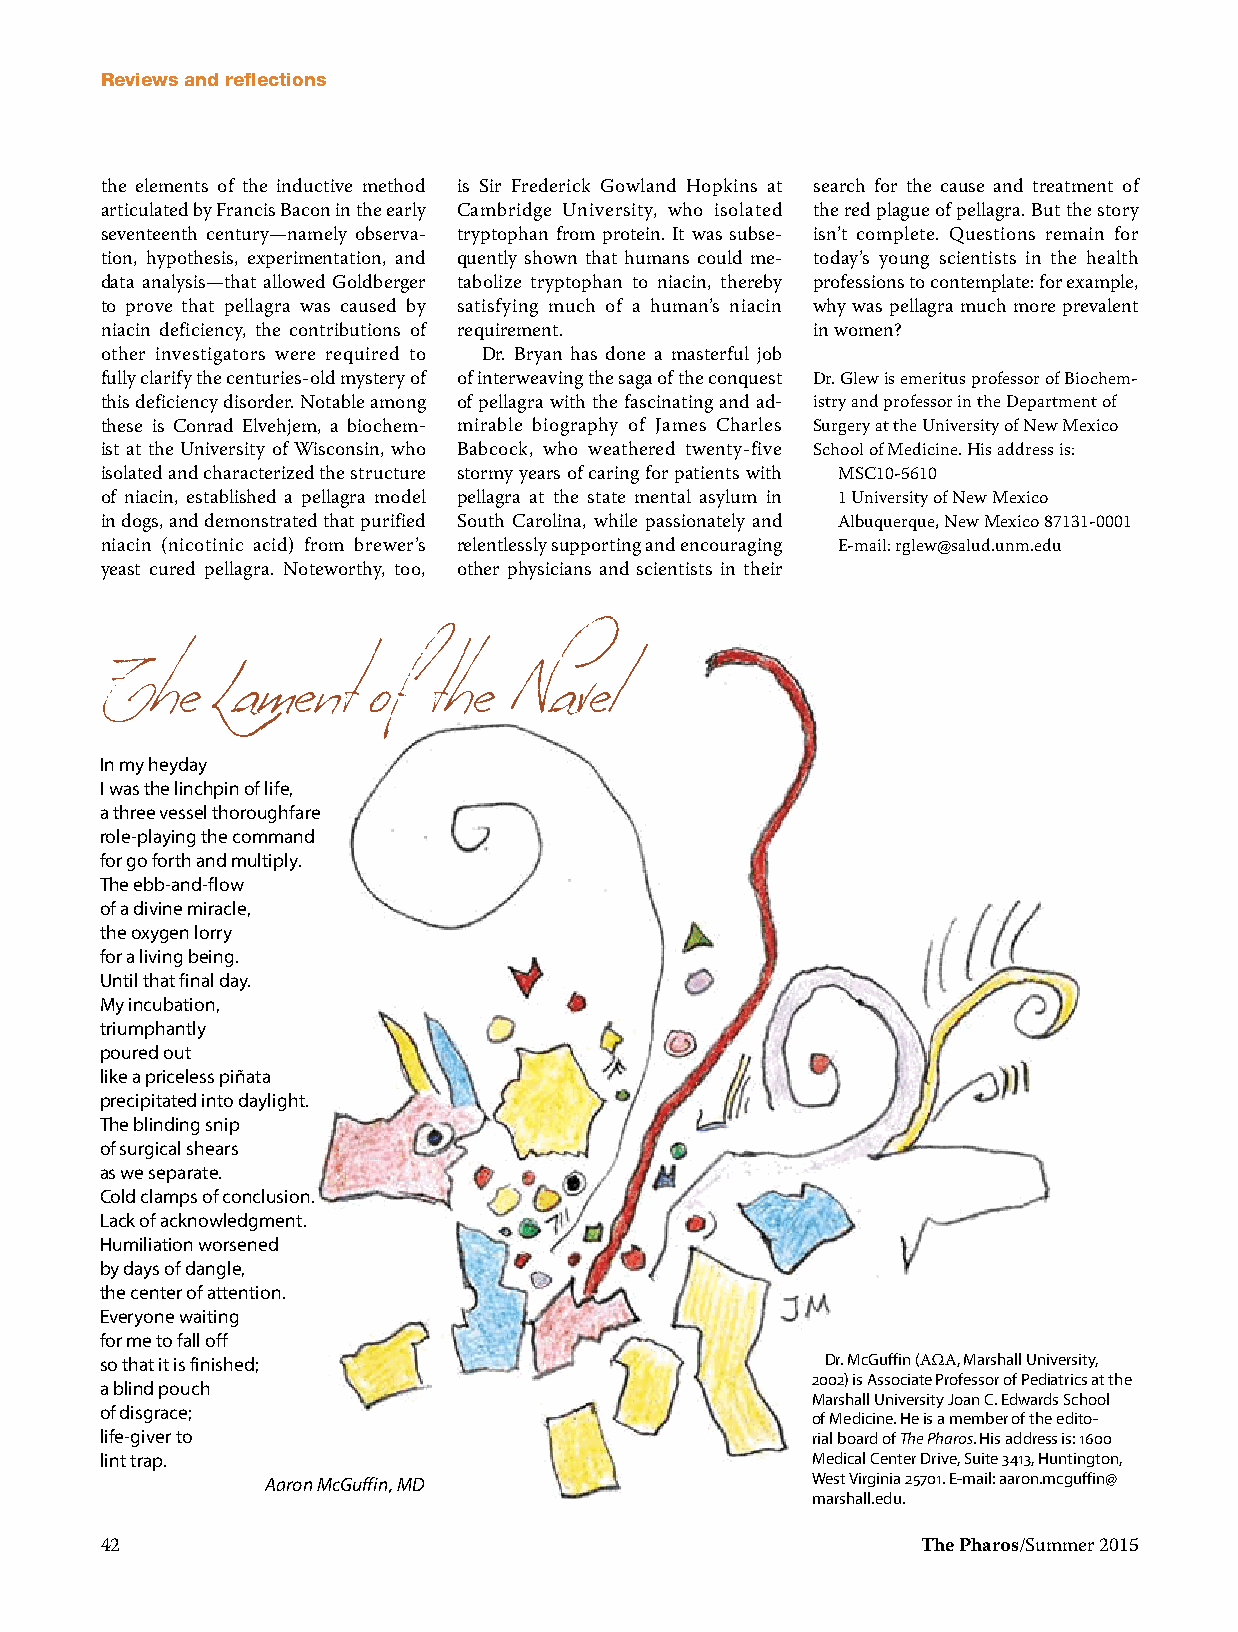
Reviews and reflections
 the elements of the inductive method is Sir Frederick Gowland Hopkins at search for the cause and treatment of
 articulated by Francis Bacon in the early Cambridge University, who isolated the red plague of pellagra. But the story
 seventeenth century—namely observa- tryptophan from protein. It was subse- isn’t complete. Questions remain for
 tion, hypothesis, experimentation, and quently shown that humans could me- today’s young scientists in the health
 data analysis—that allowed Goldberger tabolize tryptophan to niacin, thereby professions to contemplate: for example,
 to prove that pellagra was caused by satisfying much of a human’s niacin why was pellagra much more prevalent
 niacin deficiency, the contributions of requirement. in women?
 other investigators were required to Dr. Bryan has done a masterful job
 fully clarify the centuries-old mystery of of interweaving the saga of the conquest Dr. Glew is emeritus professor of Biochem-
 this deficiency disorder. Notable among of pellagra with the fascinating and ad- istry and professor in the Department of
 these is Conrad Elvehjem, a biochem- mirable biography of James Charles Surgery at the University of New Mexico
 ist at the University of Wisconsin, who Babcock, who weathered twenty-five School of Medicine. His address is:
 isolated and characterized the structure stormy years of caring for patients with MSC10-5610
 of niacin, established a pellagra model pellagra at the state mental asylum in 1 University of New Mexico
 in dogs, and demonstrated that purified South Carolina, while passionately and Albuquerque, New Mexico 87131-0001
 niacin (nicotinic acid) from brewer’s relentlessly supporting and encouraging E-mail: rglew@salud.unm.edu
 yeast cured pellagra. Noteworthy, too, other physicians and scientists in their
 ITn my hheyeda yLament of the Navel
 I was the linchpin of life,
 a three vessel thoroughfare
 role-playing the command
 for go forth and multiply.
 The ebb-and-flow
 of a divine miracle,
 the oxygen lorry
 for a living being.
 Until that final day.
 My incubation,
 triumphantly
 poured out
 like a priceless piñata
 precipitated into daylight.
 The blinding snip
 of surgical shears
 as we separate.
 Cold clamps of conclusion.
 Lack of acknowledgment.
 Humiliation worsened
 by days of dangle,
 the center of attention.
 Everyone waiting
 for me to fall off
 so that it is finished;                         Dr. McGuffin (AΩA, Marshall University,
 2002) is Associate Professor of Pediatrics at the
 a blind pouch
 Marshall University Joan C. Edwards School
 of disgrace;
 of Medicine. He is a member of the edito-
 life-giver to                                  rial board of The Pharos. His address is: 1600
 lint trap.                                     Medical Center Drive, Suite 3413, Huntington,
 Aaron McGuffin, MD                  West Virginia 25701. E-mail: aaron.mcguffin@
 marshall.edu.
 42                                                    The Pharos/Summer 2015